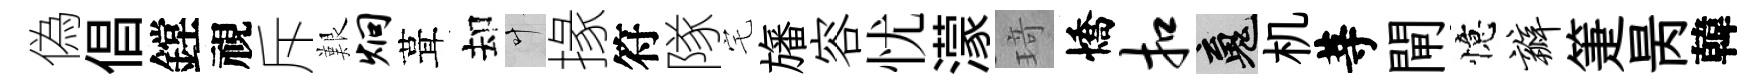
偽倡鏜視斥艱炯葺却叶掾符隊宅旛容忧濛𤦺憍扣魂机䓁閘憶瓣箑昺韓